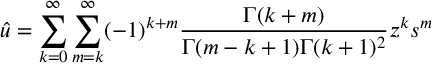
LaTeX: { \hat { u } } = \sum _ { k = 0 } ^ { \infty } \sum _ { m = k } ^ { \infty } ( - 1 ) ^ { k + m } \frac { \Gamma ( k + m ) } { \Gamma ( m - k + 1 ) \Gamma ( k + 1 ) ^ { 2 } } z ^ { k } s ^ { m }